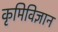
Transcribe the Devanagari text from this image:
कृमिविज्ञान